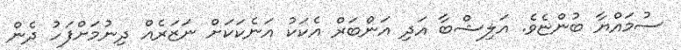
ސުމައްޔާ ބުންޏެވެ. އަލިޝްބާ އަދި އަންބަރް އެކަކު އަނެކަކަށް ނަޒަރެއް ދިނުމަށްފަހު ދެން